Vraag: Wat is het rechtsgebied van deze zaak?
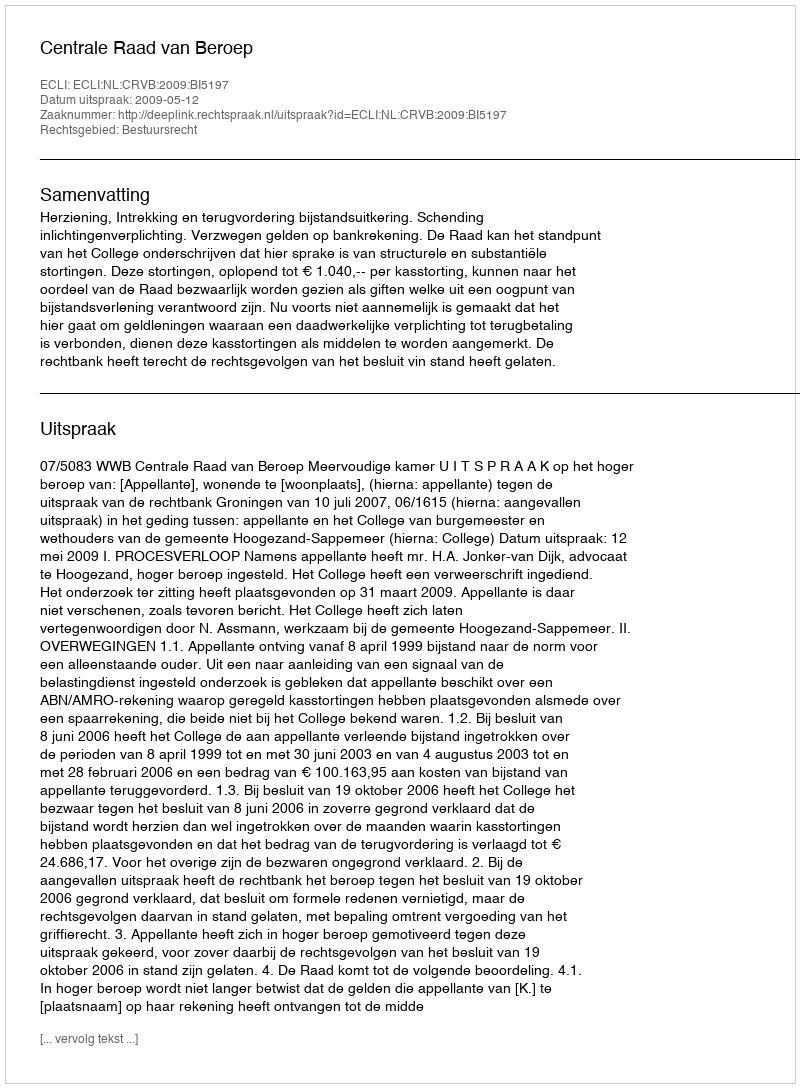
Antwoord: Bestuursrecht